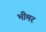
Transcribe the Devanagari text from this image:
भीमर